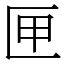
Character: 匣